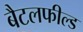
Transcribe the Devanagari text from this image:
बैटलफील्ड